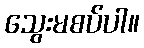
သွေးမစပ်ပါ။